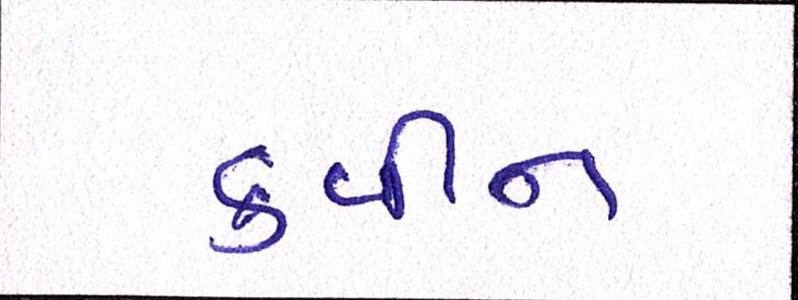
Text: ક્વીન